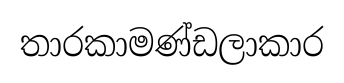
තාරකාමණ්ඩලාකාර